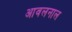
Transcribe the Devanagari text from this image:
आवलनाल